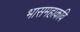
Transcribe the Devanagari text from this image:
भासमहाकवि